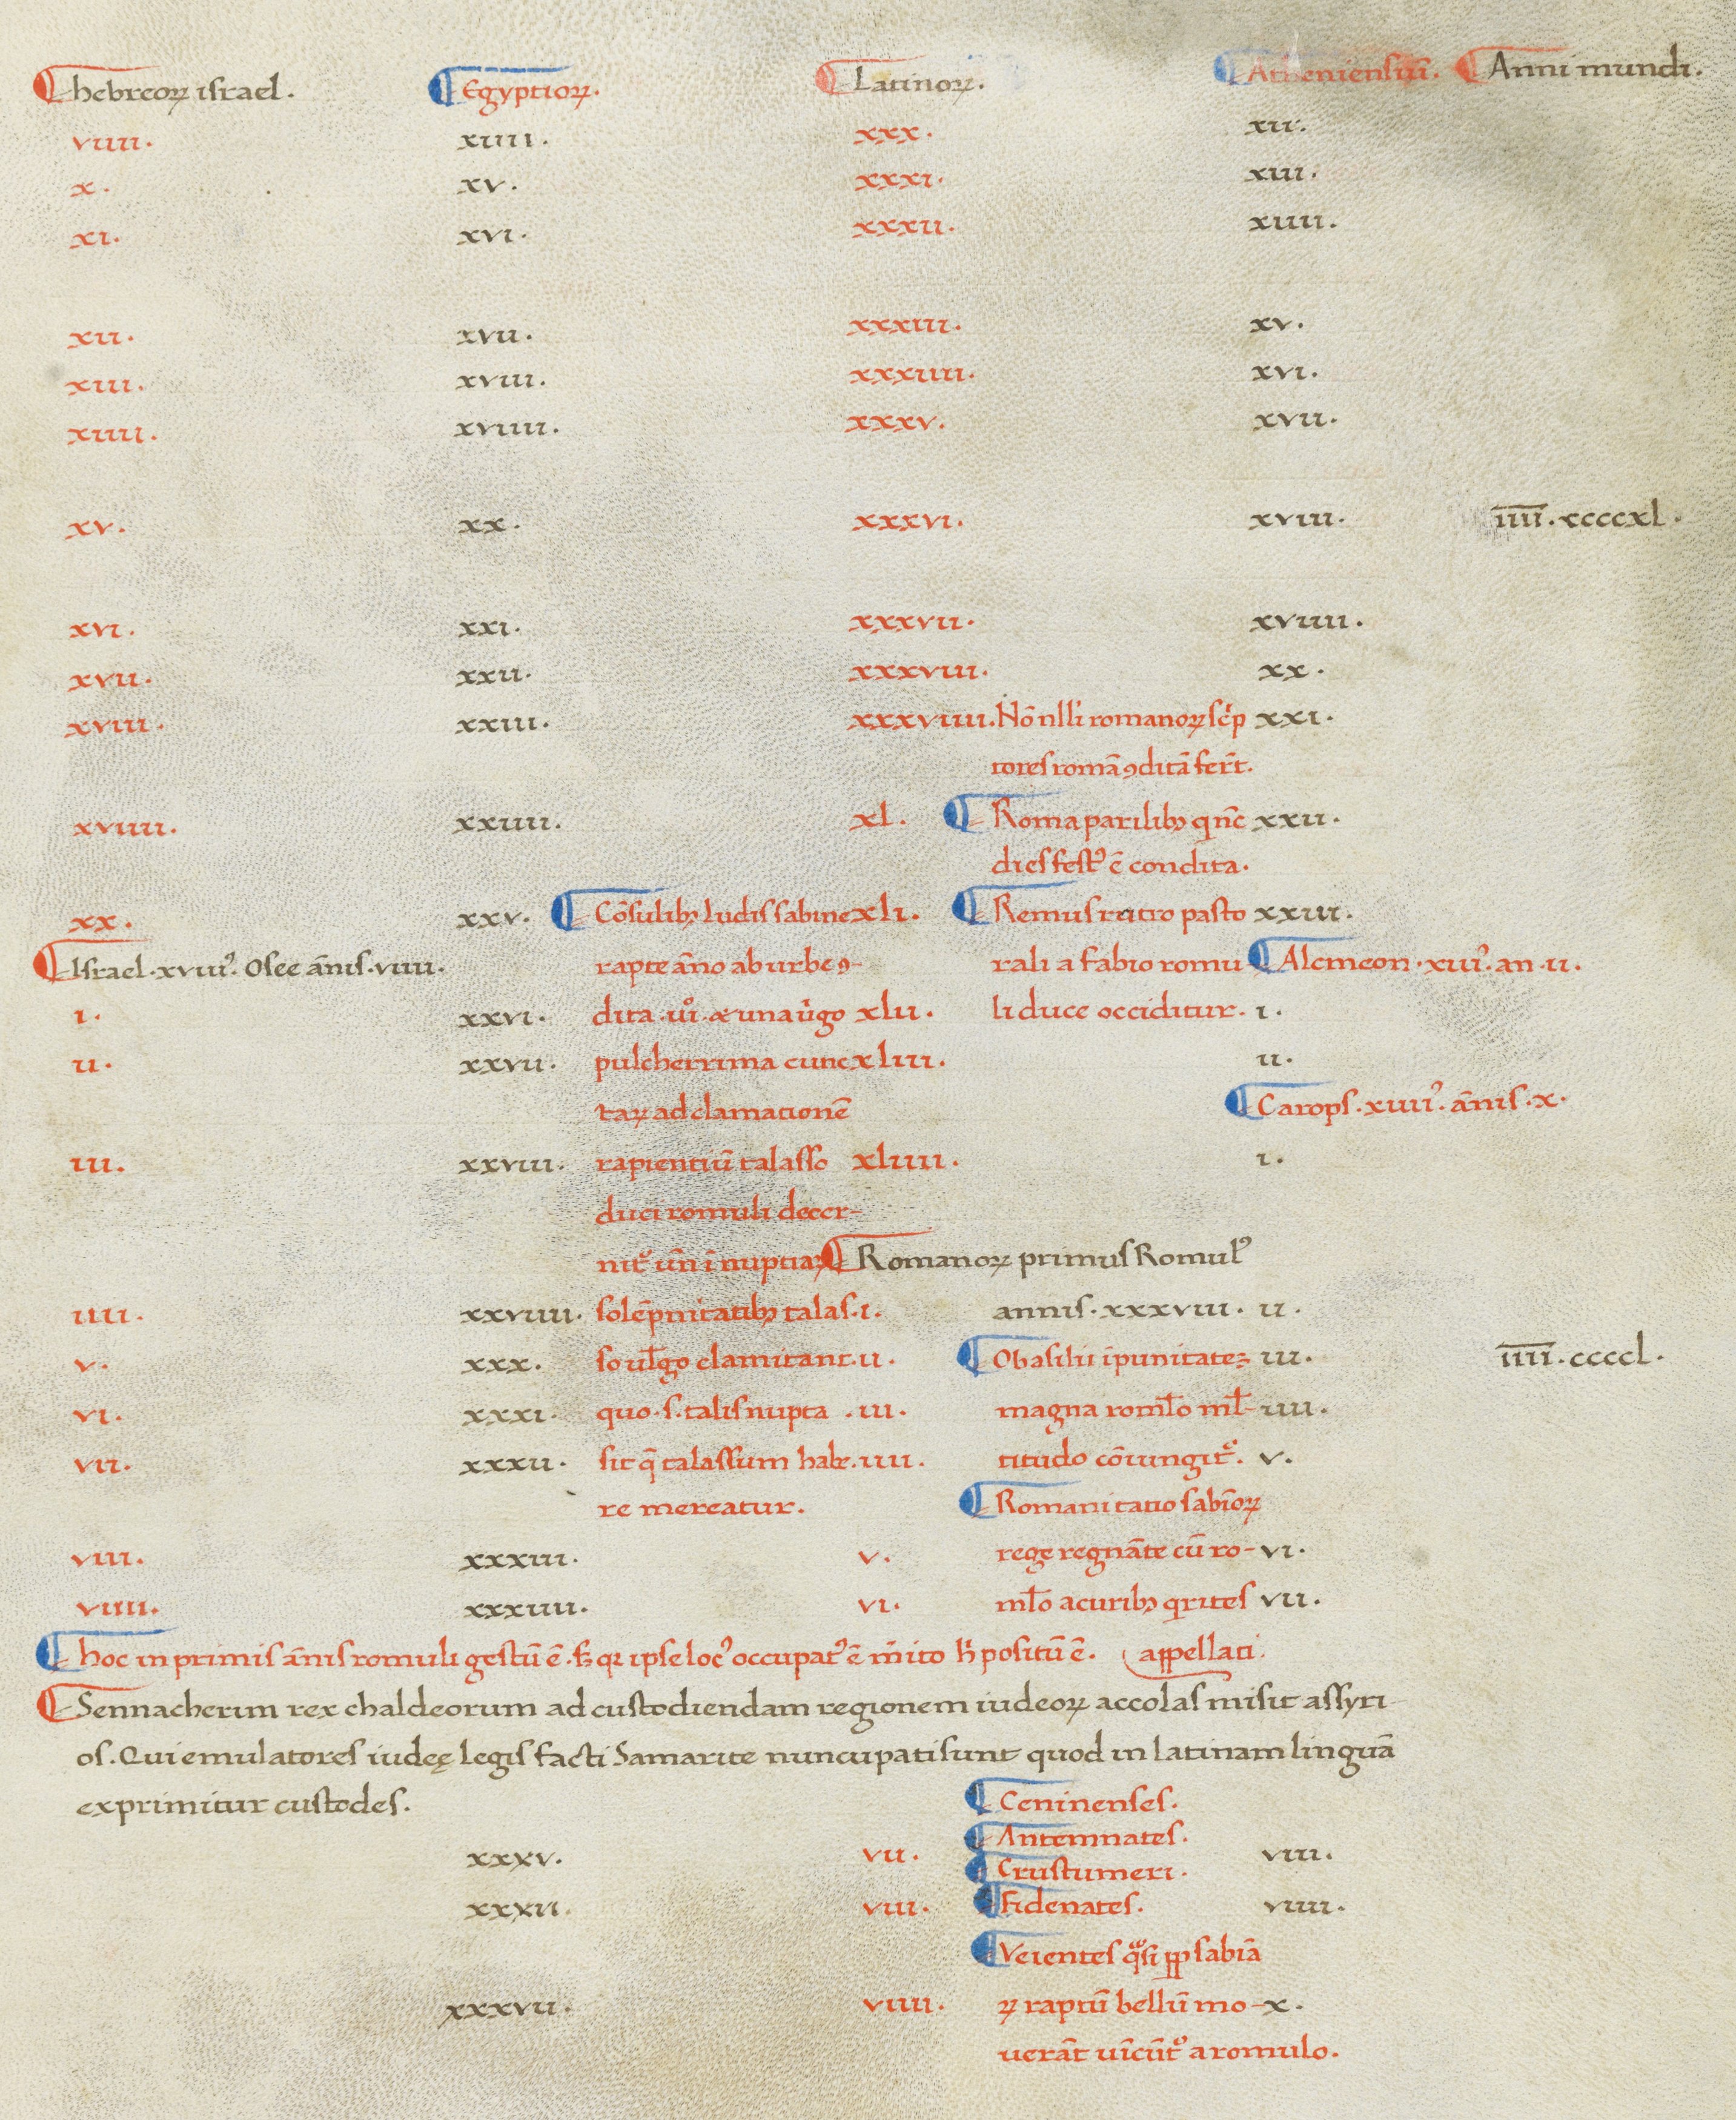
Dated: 1380–1420